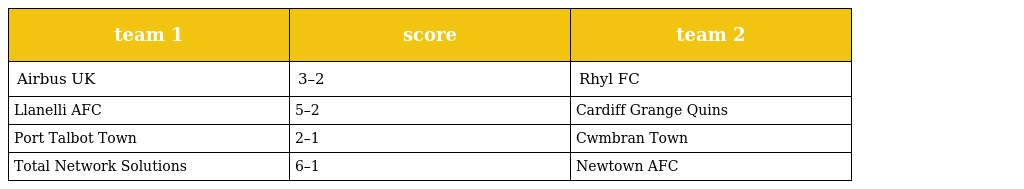
| team 1 | score | team 2 |
 | --- | --- | --- |
 | Airbus UK | 3–2 | Rhyl FC |
 | Llanelli AFC | 5–2 | Cardiff Grange Quins |
 | Port Talbot Town | 2–1 | Cwmbran Town |
 | Total Network Solutions | 6–1 | Newtown AFC |